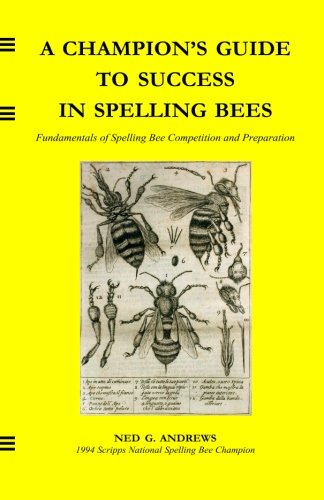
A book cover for A Champion's Guide to Success in Spelling Bees: Fundamentals of Spelling Bee Competition and Preparation; Ned G. Andrews; Reference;